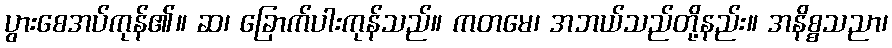
ပွားစေအပ်ကုန်၏။ ဆ၊ ခြောက်ပါးကုန်သည်။ ကတမေ၊ အဘယ်သည်တို့နည်း။ အနိစ္စသညာ၊